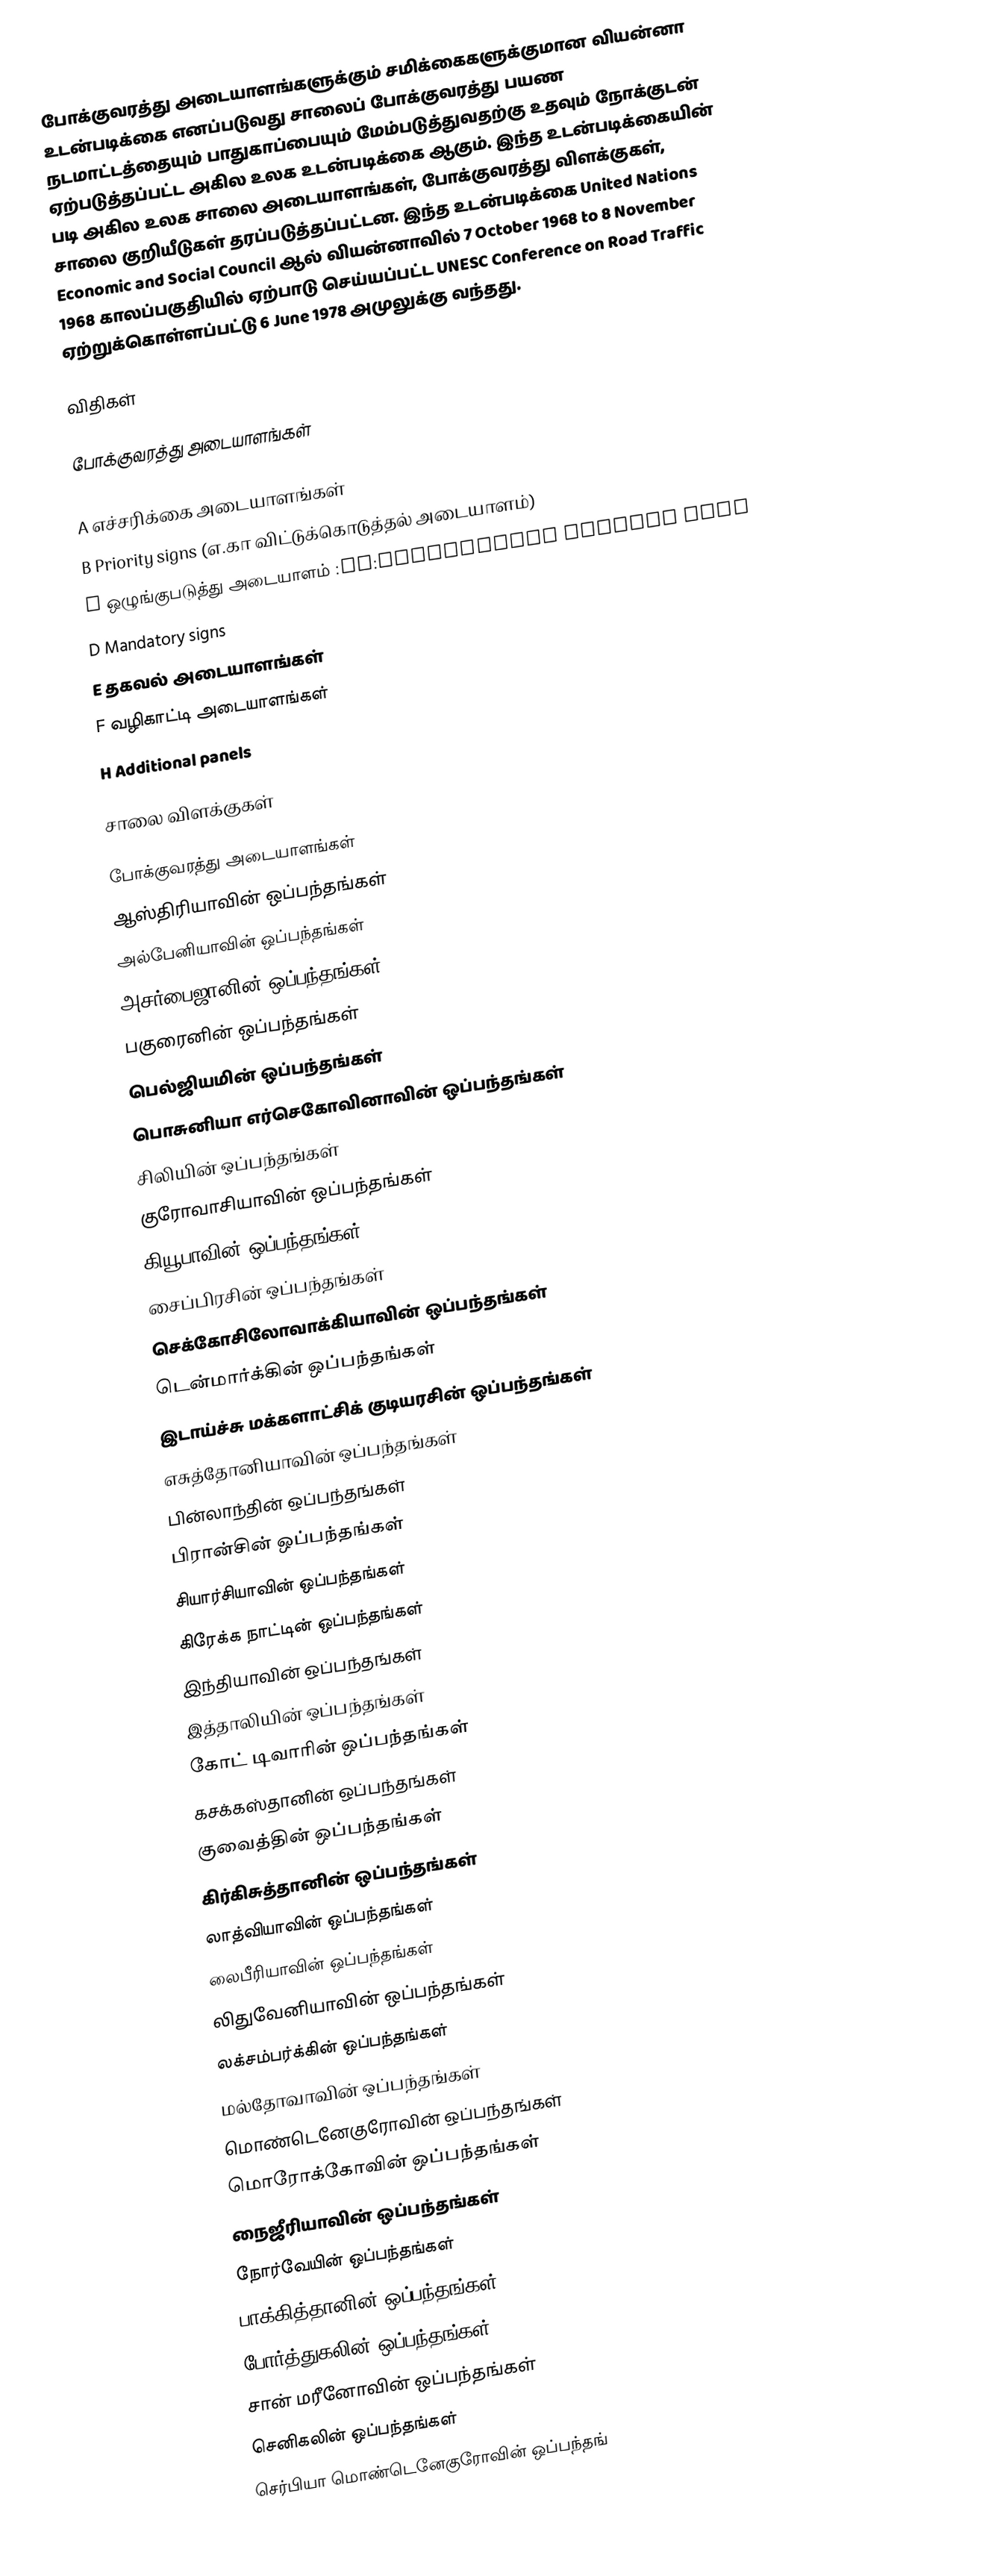
போக்குவரத்து அடையாளங்களுக்கும் சமிக்கைகளுக்குமான வியன்னா உடன்படிக்கை எனப்படுவது சாலைப் போக்குவரத்து பயண நடமாட்டத்தையும் பாதுகாப்பையும் மேம்படுத்துவதற்கு உதவும் நோக்குடன் ஏற்படுத்தப்பட்ட அகில உலக உடன்படிக்கை ஆகும்.  இந்த உடன்படிக்கையின் படி அகில உலக சாலை அடையாளங்கள், போக்குவரத்து விளக்குகள், சாலை குறியீடுகள் தரப்படுத்தப்பட்டன.  இந்த உடன்படிக்கை United Nations Economic and Social Council ஆல்   வியன்னாவில்  7 October 1968 to 8 November 1968 காலப்பகுதியில் ஏற்பாடு செய்யப்பட்ட UNESC Conference on Road Traffic ஏற்றுக்கொள்ளப்பட்டு 6 June 1978 அமுலுக்கு வந்தது.

விதிகள்

போக்குவரத்து அடையாளங்கள்
In article 2 the convention classes all road signs into a number of categories (A - H):
 A எச்சரிக்கை அடையாளங்கள்
 B Priority signs (எ.கா விட்டுக்கொடுத்தல் அடையாளம்)
 C ஒழுங்குபடுத்து அடையாளம் :en:Prohibitory traffic sign
 D Mandatory signs
 E தகவல் அடையாளங்கள்
 F வழிகாட்டி அடையாளங்கள்
 H Additional panels

சாலை விளக்குகள்

போக்குவரத்து அடையாளங்கள்
ஆஸ்திரியாவின் ஒப்பந்தங்கள்
அல்பேனியாவின் ஒப்பந்தங்கள்
அசர்பைஜானின் ஒப்பந்தங்கள்
பகுரைனின் ஒப்பந்தங்கள்
பெல்ஜியமின் ஒப்பந்தங்கள்
பொசுனியா எர்செகோவினாவின் ஒப்பந்தங்கள்
சிலியின் ஒப்பந்தங்கள்
குரோவாசியாவின் ஒப்பந்தங்கள்
கியூபாவின் ஒப்பந்தங்கள்
சைப்பிரசின் ஒப்பந்தங்கள்
செக்கோசிலோவாக்கியாவின் ஒப்பந்தங்கள்
டென்மார்க்கின் ஒப்பந்தங்கள்
இடாய்ச்சு மக்களாட்சிக் குடியரசின் ஒப்பந்தங்கள்
எசுத்தோனியாவின் ஒப்பந்தங்கள்
பின்லாந்தின் ஒப்பந்தங்கள்
பிரான்சின் ஒப்பந்தங்கள்
சியார்சியாவின் ஒப்பந்தங்கள்
கிரேக்க நாட்டின் ஒப்பந்தங்கள்
இந்தியாவின் ஒப்பந்தங்கள்
இத்தாலியின் ஒப்பந்தங்கள்
கோட் டிவாரின் ஒப்பந்தங்கள்
கசக்கஸ்தானின் ஒப்பந்தங்கள்
குவைத்தின் ஒப்பந்தங்கள்
கிர்கிசுத்தானின் ஒப்பந்தங்கள்
லாத்வியாவின் ஒப்பந்தங்கள்
லைபீரியாவின் ஒப்பந்தங்கள்
லிதுவேனியாவின் ஒப்பந்தங்கள்
லக்சம்பர்க்கின் ஒப்பந்தங்கள்
மல்தோவாவின் ஒப்பந்தங்கள்
மொண்டெனேகுரோவின் ஒப்பந்தங்கள்
மொரோக்கோவின் ஒப்பந்தங்கள்
நைஜீரியாவின் ஒப்பந்தங்கள்
நோர்வேயின் ஒப்பந்தங்கள்
பாக்கித்தானின் ஒப்பந்தங்கள்
போர்த்துகலின் ஒப்பந்தங்கள்
சான் மரீனோவின் ஒப்பந்தங்கள்
செனிகலின் ஒப்பந்தங்கள்
செர்பியா மொண்டெனேகுரோவின் ஒப்பந்தங்